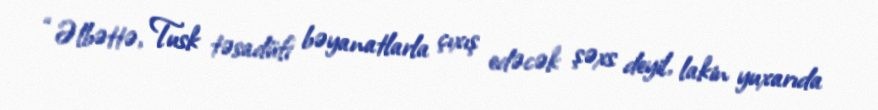
“Əlbəttə, Tusk təsadüfi bəyanatlarla çıxış edəcək şəxs deyil, lakin yuxarıda